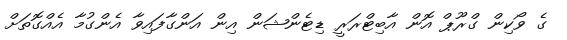
ގެ ވޯކިން ގްރޫޕް އޮން އާބިޓްރަރީ ޑިޓެންޝަން އިން އަންގާފައިވާ އެންގުމާ އެއްގޮތަށް